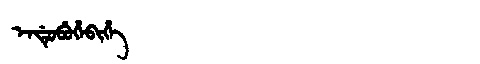
Manchu: ᡝᠨᡩᡠᠪᡠᡥᡝᠪᡳᡥᡝ
Romanization: ENDUBUHEBIHE